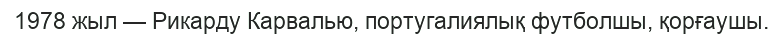
1978 жыл — Рикарду Карвалью, португалиялық футболшы, қорғаушы.